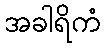
အခါရိကံ